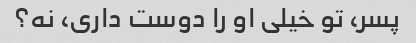
پسر، تو خیلی او را دوست داری، نه؟